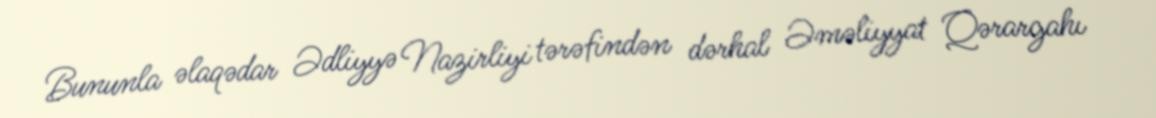
Bununla əlaqədar Ədliyyə Nazirliyi tərəfindən dərhal Əməliyyat Qərargahı